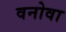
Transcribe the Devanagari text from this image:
वनोवा